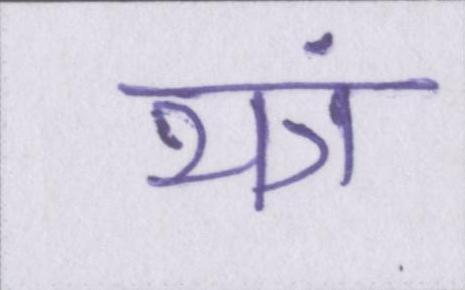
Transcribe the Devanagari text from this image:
यंत्र